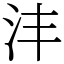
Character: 沣